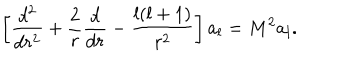
\left[ { \frac { d ^ { 2 } } { d r ^ { 2 } } } + { \frac { 2 } { r } } { \frac { d } { d r } } - { \frac { l ( l + 1 ) } { r ^ { 2 } } } \right] a _ { l } = M ^ { 2 } a _ { l } .